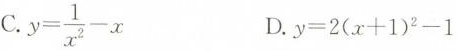
C.$$y = \frac { 1 } { x ^ { 2 } } - x$$ D.$$y = 2 ( x + 1 ) ^ { 2 } - 1$$